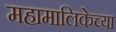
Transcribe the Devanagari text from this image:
महामालिकेच्या